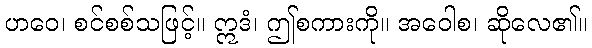
ဟဝေ၊ စင်စစ်သဖြင့်။ ဣဒံ၊ ဤစကားကို။ အဝေါစ၊ ဆိုလေ၏။